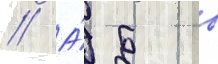
// А́ б в